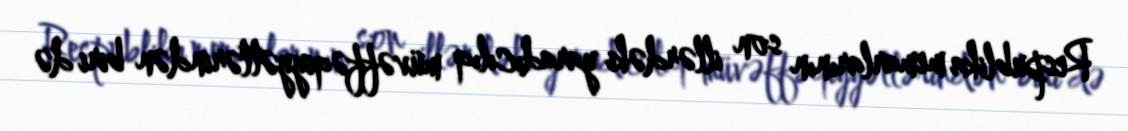
Respublika memarlarının son illərdəki yaradıcılıq müvəffəqiyyətlərindən biri də